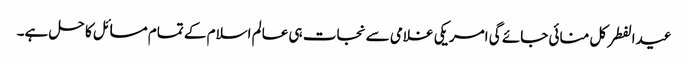
عیدالفطر کل منائی جائے گی امریکی غلامی سے نجات ہی عالم اسلام کے تمام مسائل کا حل ہے۔